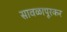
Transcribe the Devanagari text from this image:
सावळापूरकर